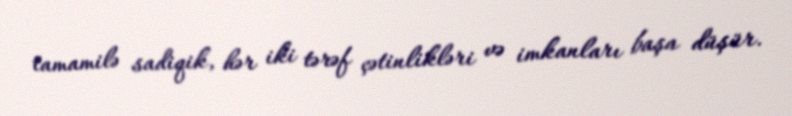
tamamilə sadiqik, hər iki tərəf çətinlikləri və imkanları başa düşür.